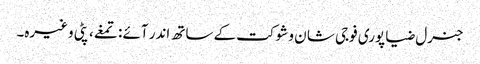
جنرل ضیا پوری فوجی شا ن و شوکت کے ساتھ اندر آئے : تمغے، پٹی وغیرہ۔